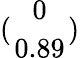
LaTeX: ({0\atop 0.89})